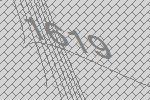
1619